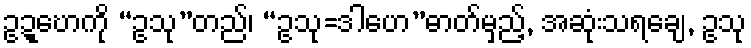
ဥဍ္ဎောကို “ဥသု”တည်၊ “ဥသု=ဒါဟေ”ဓာတ်မှည့်, အဆုံးသရချေ, ဥသု